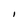
Character: I